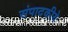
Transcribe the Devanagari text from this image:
संपादकीये